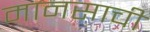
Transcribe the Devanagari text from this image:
मानसाची